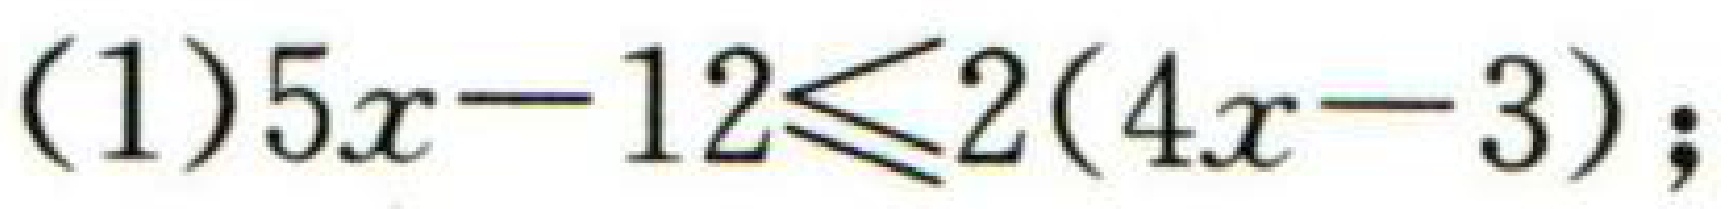
(1) \(5x - 12\leqslant2(4x - 3);\)